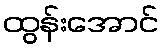
ထွန်းအောင်